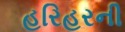
હરિહરની